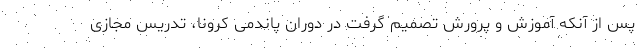
پس از آنکه آموزش و پرورش تصمیم گرفت در دوران پاندمی کرونا، تدریس مجازی